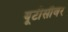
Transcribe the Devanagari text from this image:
यूटीसीवर